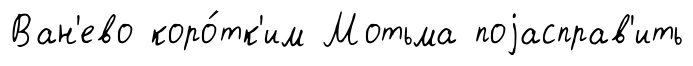
Ван'ево коро́тк'им Мотьма поjасправ'ить